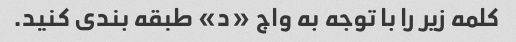
کلمه زیر را با توجه به واج «د» طبقه بندی کنید.